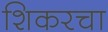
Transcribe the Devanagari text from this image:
शिकरचा